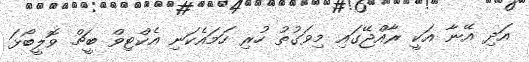
އަދި އޭނާ އަކީ ރާއްޖޭގައި މިވަގުތު ހުރި ހަމައެކަނި އެކްޓިވް ބީޗް ވޮލީބޯޅަ